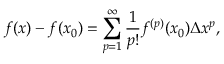
f ( x ) - f ( x _ { 0 } ) = \sum _ { p = 1 } ^ { \infty } \frac { 1 } { p ! } f ^ { ( p ) } ( x _ { 0 } ) \Delta x ^ { p } ,